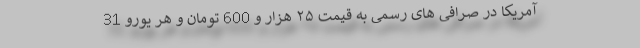
آمریکا در صرافی های رسمی به قیمت ۲۵ هزار و 600 تومان و هر یورو 31